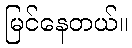
မြင်နေတယ်။